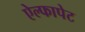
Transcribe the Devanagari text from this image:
ऐल्फापेट